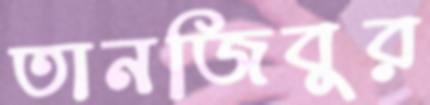
তানজিবুর